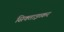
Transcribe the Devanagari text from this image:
सिक्ताइव्कर